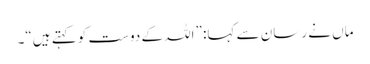
ماں نے رسان سے کہا: ”اللہ کے دوست کو کہتے ہیں“۔